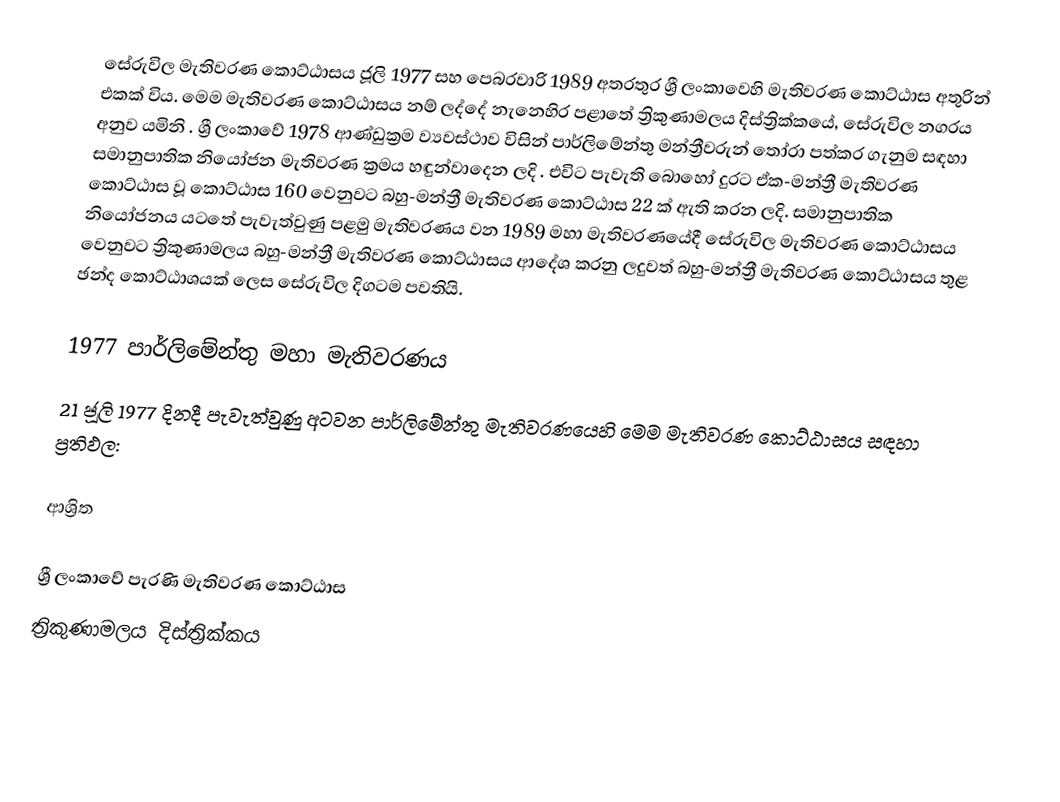
සේරුවිල මැතිවරණ කොට්ඨාසය  ජූලි 1977 සහ පෙබරවාරි 1989 අතරතුර  ශ්‍රී ලංකාවෙහි  මැතිවරණ කොට්ඨාස අතුරින් එකක් විය. මෙම මැතිවරණ කොට්ඨාසය නම් ලද්දේ  නැනෙහිර පළාතේ  ත්‍රිකුණාමලය දිස්ත්‍රික්කයේ,  සේරුවිල නගරය අනුව යමිනි . ශ්‍රී ලංකාවේ 1978 ආණ්ඩුක්‍රම ව්‍යවස්ථාව විසින්   පාර්ලිමේන්තු මන්ත්‍රීවරුන් තෝරා පත්කර ගැනුම සඳහා සමානුපාතික නියෝජන මැතිවරණ ක්‍රමය හඳුන්වාදෙන ලදි . එවිට පැවැති බොහෝ දුරට  ඒක-මන්ත්‍රී මැතිවරණ කොට්ඨාස වූ කොට්ඨාස 160 වෙනුවට බහු-මන්ත්‍රී මැතිවරණ කොට්ඨාස 22 ක් ඇති කරන ලදි. සමානුපාතික නියෝජනය යටතේ පැවැත්වුණු පළමු මැතිවරණය වන 1989 මහා මැතිවරණයේදී  සේරුවිල මැතිවරණ කොට්ඨාසය වෙනුවට  ත්‍රිකුණාමලය බහු-මන්ත්‍රී මැතිවරණ කොට්ඨාසය  ආදේශ කරනු ලදුවත් බහු-මන්ත්‍රී මැතිවරණ කොට්ඨාසය තුළ ඡන්ද කොට්ඨාශයක් ලෙස සේරුවිල දිගටම පවතියි.

1977 පාර්ලිමේන්තු මහා මැතිවරණය
21 ජූලි 1977 දිනදී පැවැත්වුණු  අටවන පාර්ලිමේන්තු මැතිවරණයෙහි මෙම මැතිවරණ කොට්ඨාසය සඳහා ප්‍රතිඵල:

ආශ්‍රිත

ශ්‍රී ලංකාවේ පැරණි මැතිවරණ කොට්ඨාස
ත්‍රිකුණාමලය දිස්ත්‍රික්කය